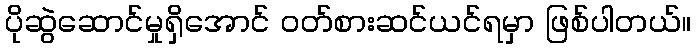
ပိုဆွဲဆောင်မှုရှိအောင် ဝတ်စားဆင်ယင်ရမှာ ဖြစ်ပါတယ်။